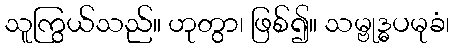
သူကြွယ်သည်။ ဟုတွာ၊ ဖြစ်၍။ သမ္ဗုဒ္ဓပမုခံ၊